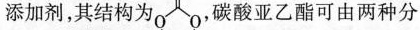
添加剂，其结构为0 0，碳酸亚乙酯可由两种分